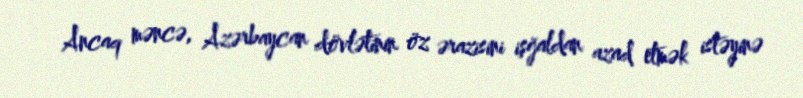
Ancaq məncə, Azərbaycan dövlətinin öz ərazisini işğaldan azad etmək istəyinə